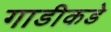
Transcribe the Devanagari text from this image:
गाडीकडे